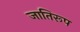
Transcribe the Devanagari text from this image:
जातिरूप